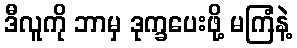
ဒီလူကို ဘာမှ ဒုက္ခပေးဖို့ မကြံနဲ့